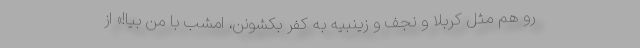
رو هم مثل کربلا و نجف و زینبیه به کفر بکشونن، امشب با من بیا!» از